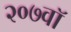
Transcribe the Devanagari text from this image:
२०७वॉ